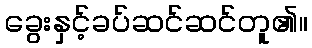
ခွေးနှင့်ခပ်ဆင်ဆင်တူ၏။